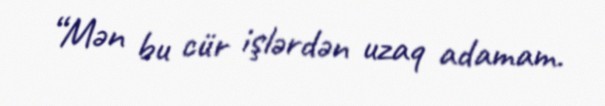
“Mən bu cür işlərdən uzaq adamam.